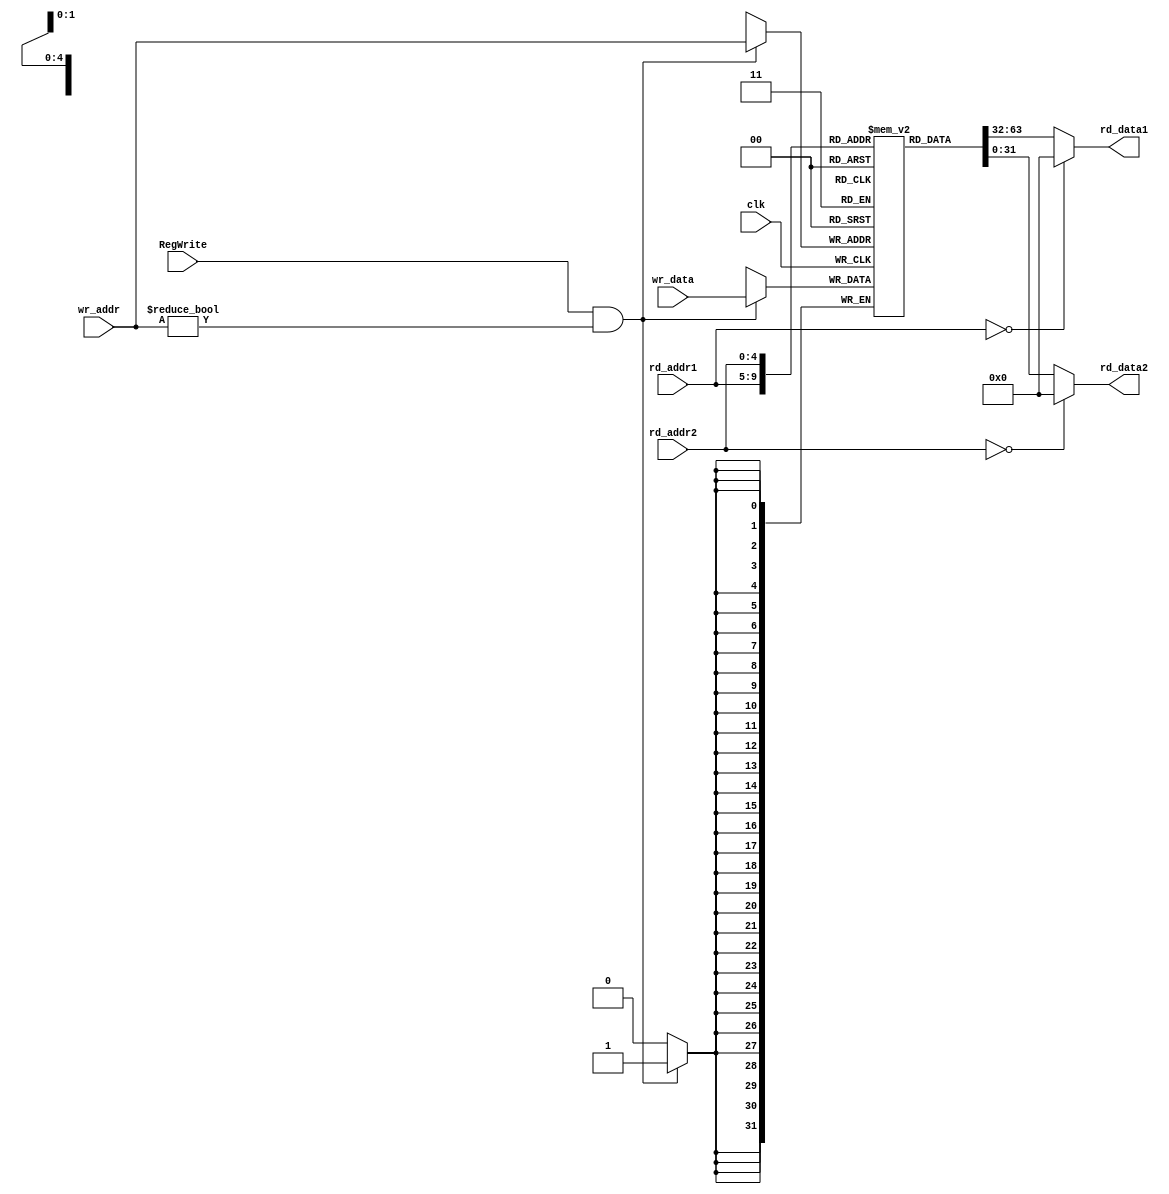

`timescale 1ns/100ps
module gpr(clk,RegWrite,rd_addr1,rd_addr2,wr_addr,wr_data,rd_data1,rd_data2);

input clk;
input RegWrite;
input  [4:0] rd_addr1;
input  [4:0] rd_addr2;
input  [4:0] wr_addr;
input  [31:0] wr_data;
output [31:0] rd_data1;
output [31:0] rd_data2;

parameter TD = 1;

reg  [31:0] gpr [1:31]; 

always@(posedge clk) begin
  if((RegWrite==1'b1) && (wr_addr!=5'd0)) begin
    gpr[wr_addr] <= #TD wr_data;
  end
end
    
assign rd_data1 = (rd_addr1==5'd0) ? 32'd0 : gpr[rd_addr1];   
assign rd_data2 = (rd_addr2==5'd0) ? 32'd0 : gpr[rd_addr2];

endmodule